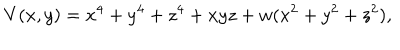
V ( x , y ) = x ^ { 4 } + y ^ { 4 } + z ^ { 4 } + x y z + w ( x ^ { 2 } + y ^ { 2 } + z ^ { 2 } ) ,